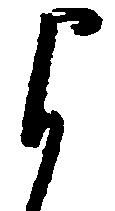
与